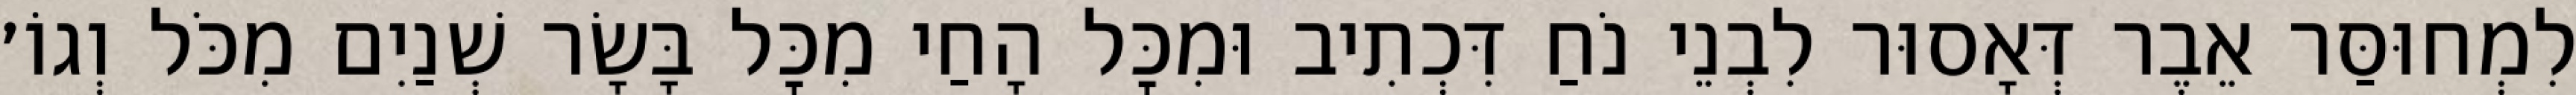
לִמְחוּסַּר אֵבֶר דְּאָסוּר לִבְנֵי נֹחַ דִּכְתִיב וּמִכׇּל הָחַי מִכׇּל בָּשָׂר שְׁנַיִם מִכֹּל וְגוֹ׳